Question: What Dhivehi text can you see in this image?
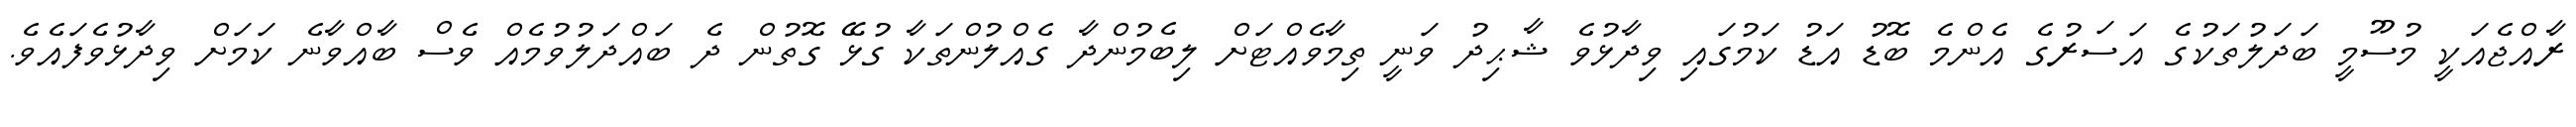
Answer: ރާއްޖެއަކީ މުސޫމީ ބަދަލުތަކުގެ އަސަރުގެ އެންމެ ބޮޑު އަޑު ކަމުގައި ވިދާޅުވެ ޝާޙިދު ވަނީ ތިމާވެއްޓަށް ލިބެމުންދާ ގެއްލުންތަކާ ގުޅޭ ގޮތުން ދެ ބައްދަލުވުމެއް ވެސް ބާއްވާނެ ކަމަށް ވިދާޅުވެފައެވެ.